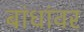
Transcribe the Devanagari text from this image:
बांधांवर